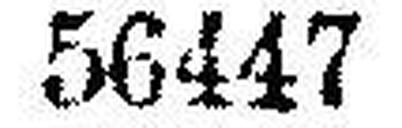
56447